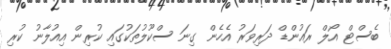
ބެސްޓް އޯލް ރައުންޑް ދަރިވަރު އެހެން ގިނަ ސްކޫލުތަކުގައި ކުރިން އިއުލާނު ކުރި